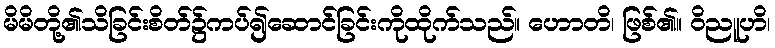
မိမိတို့၏သိခြင်းစိတ်၌ကပ်၍ဆောင်ခြင်းကိုထိုက်သည်။ ဟောတိ၊ ဖြစ်၏။ ဝိညူဟိ၊